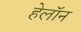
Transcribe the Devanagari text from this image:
हेलॉन